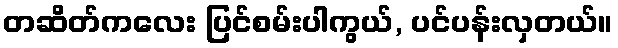
တဆိတ်ကလေး ပြင်စမ်းပါကွယ်, ပင်ပန်းလှတယ်။